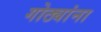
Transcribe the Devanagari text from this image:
गोठ्यांना